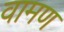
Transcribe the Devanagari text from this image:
वामण